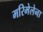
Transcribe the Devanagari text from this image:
मरिमेलेना